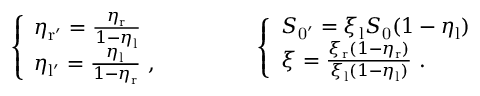
\left\{ \begin{array} { l l } { \eta _ { \mathrm { r ^ { \prime } } } = \frac { \eta _ { \mathrm { r } } } { 1 - \eta _ { \mathrm { l } } } } \\ { \eta _ { \mathrm { l ^ { \prime } } } = \frac { \eta _ { \mathrm { l } } } { 1 - \eta _ { \mathrm { r } } } \ , } \end{array} \right. \qquad \qquad \left\{ \begin{array} { l l } { S _ { \mathrm { 0 ^ { \prime } } } = \xi _ { \mathrm { l } } S _ { \mathrm { 0 } } ( 1 - \eta _ { \mathrm { l } } ) } \\ { \xi = \frac { \xi _ { \mathrm { r } } ( 1 - \eta _ { \mathrm { r } } ) } { \xi _ { \mathrm { l } } ( 1 - \eta _ { \mathrm { l } } ) } \ . } \end{array} \right.